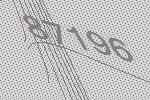
87196